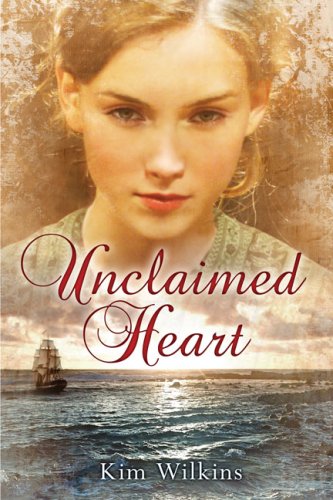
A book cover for Unclaimed Heart; Kim Wilkins; Teen & Young Adult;